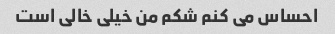
احساس می کنم شکم من خیلی خالی است